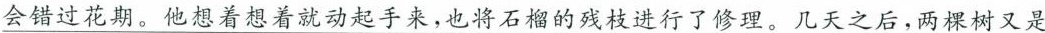
会错过花期。他想着想着就动起手来，也将石榴的残枝进行了修理。几天之后，两棵树又是